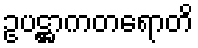
ဥပဋ္ဌာကတရောတိ